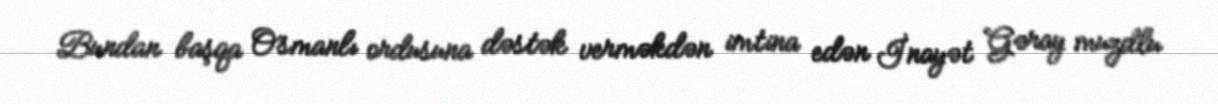
Bundan başqa Osmanlı ordusuna dəstək verməkdən imtina edən İnayət Gəray muzdlu